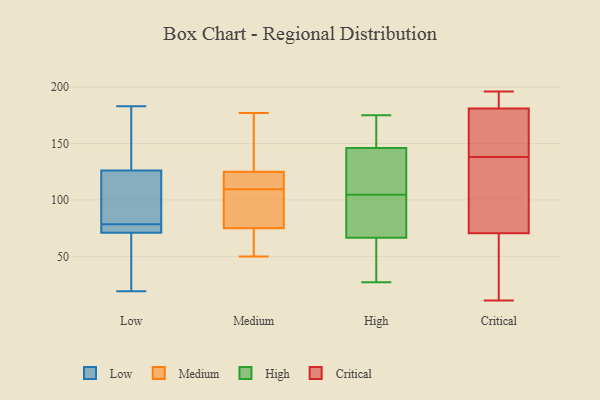
{"axis": {"x": "Production Output", "y": "Value"}, "legend": ["Critical", "High", "Low", "Medium"], "data": [{"x": "", "y": 96, "type": "Low"}, {"x": "", "y": 75, "type": "Low"}, {"x": "", "y": 33, "type": "Low"}, {"x": "", "y": 183, "type": "Low"}, {"x": "", "y": 19, "type": "Low"}, {"x": "", "y": 142, "type": "Low"}, {"x": "", "y": 71, "type": "Low"}, {"x": "", "y": 126, "type": "Low"}, {"x": "", "y": 71, "type": "Low"}, {"x": "", "y": 82, "type": "Low"}, {"x": "", "y": 177, "type": "Medium"}, {"x": "", "y": 125, "type": "Medium"}, {"x": "", "y": 91, "type": "Medium"}, {"x": "", "y": 75, "type": "Medium"}, {"x": "", "y": 71, "type": "Medium"}, {"x": "", "y": 112, "type": "Medium"}, {"x": "", "y": 169, "type": "Medium"}, {"x": "", "y": 106, "type": "Medium"}, {"x": "", "y": 50, "type": "Medium"}, {"x": "", "y": 125, "type": "Medium"}, {"x": "", "y": 107, "type": "Medium"}, {"x": "", "y": 146, "type": "Medium"}, {"x": "", "y": 123, "type": "Medium"}, {"x": "", "y": 54, "type": "Medium"}, {"x": "", "y": 101, "type": "High"}, {"x": "", "y": 87, "type": "High"}, {"x": "", "y": 149, "type": "High"}, {"x": "", "y": 56, "type": "High"}, {"x": "", "y": 156, "type": "High"}, {"x": "", "y": 151, "type": "High"}, {"x": "", "y": 93, "type": "High"}, {"x": "", "y": 27, "type": "High"}, {"x": "", "y": 175, "type": "High"}, {"x": "", "y": 45, "type": "High"}, {"x": "", "y": 143, "type": "High"}, {"x": "", "y": 77, "type": "High"}, {"x": "", "y": 133, "type": "High"}, {"x": "", "y": 116, "type": "High"}, {"x": "", "y": 108, "type": "High"}, {"x": "", "y": 30, "type": "High"}, {"x": "", "y": 175, "type": "Critical"}, {"x": "", "y": 84, "type": "Critical"}, {"x": "", "y": 11, "type": "Critical"}, {"x": "", "y": 138, "type": "Critical"}, {"x": "", "y": 154, "type": "Critical"}, {"x": "", "y": 70, "type": "Critical"}, {"x": "", "y": 192, "type": "Critical"}, {"x": "", "y": 63, "type": "Critical"}, {"x": "", "y": 119, "type": "Critical"}, {"x": "", "y": 156, "type": "Critical"}, {"x": "", "y": 193, "type": "Critical"}, {"x": "", "y": 72, "type": "Critical"}, {"x": "", "y": 183, "type": "Critical"}, {"x": "", "y": 67, "type": "Critical"}, {"x": "", "y": 196, "type": "Critical"}]}